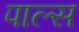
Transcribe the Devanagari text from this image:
पाल्स